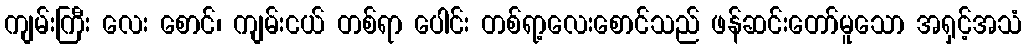
ကျမ်းကြီး လေး စောင်၊ ကျမ်းငယ် တစ်ရာ ပေါင်း တစ်ရာ့လေးစောင်သည် ဖန်ဆင်းတော်မူသော အရှင့်အသံ